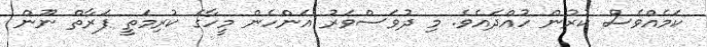
ކަމެއްވެސް ކުރުން ހުއްދައެވެ. މި ދުވަސްވަރު އަންހެން މީހާގެ ކުރިމަތީ ފަރާތް ނޫން